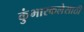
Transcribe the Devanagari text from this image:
कुंभारकलेसाठी